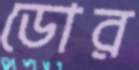
ডোর